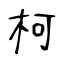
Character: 柯